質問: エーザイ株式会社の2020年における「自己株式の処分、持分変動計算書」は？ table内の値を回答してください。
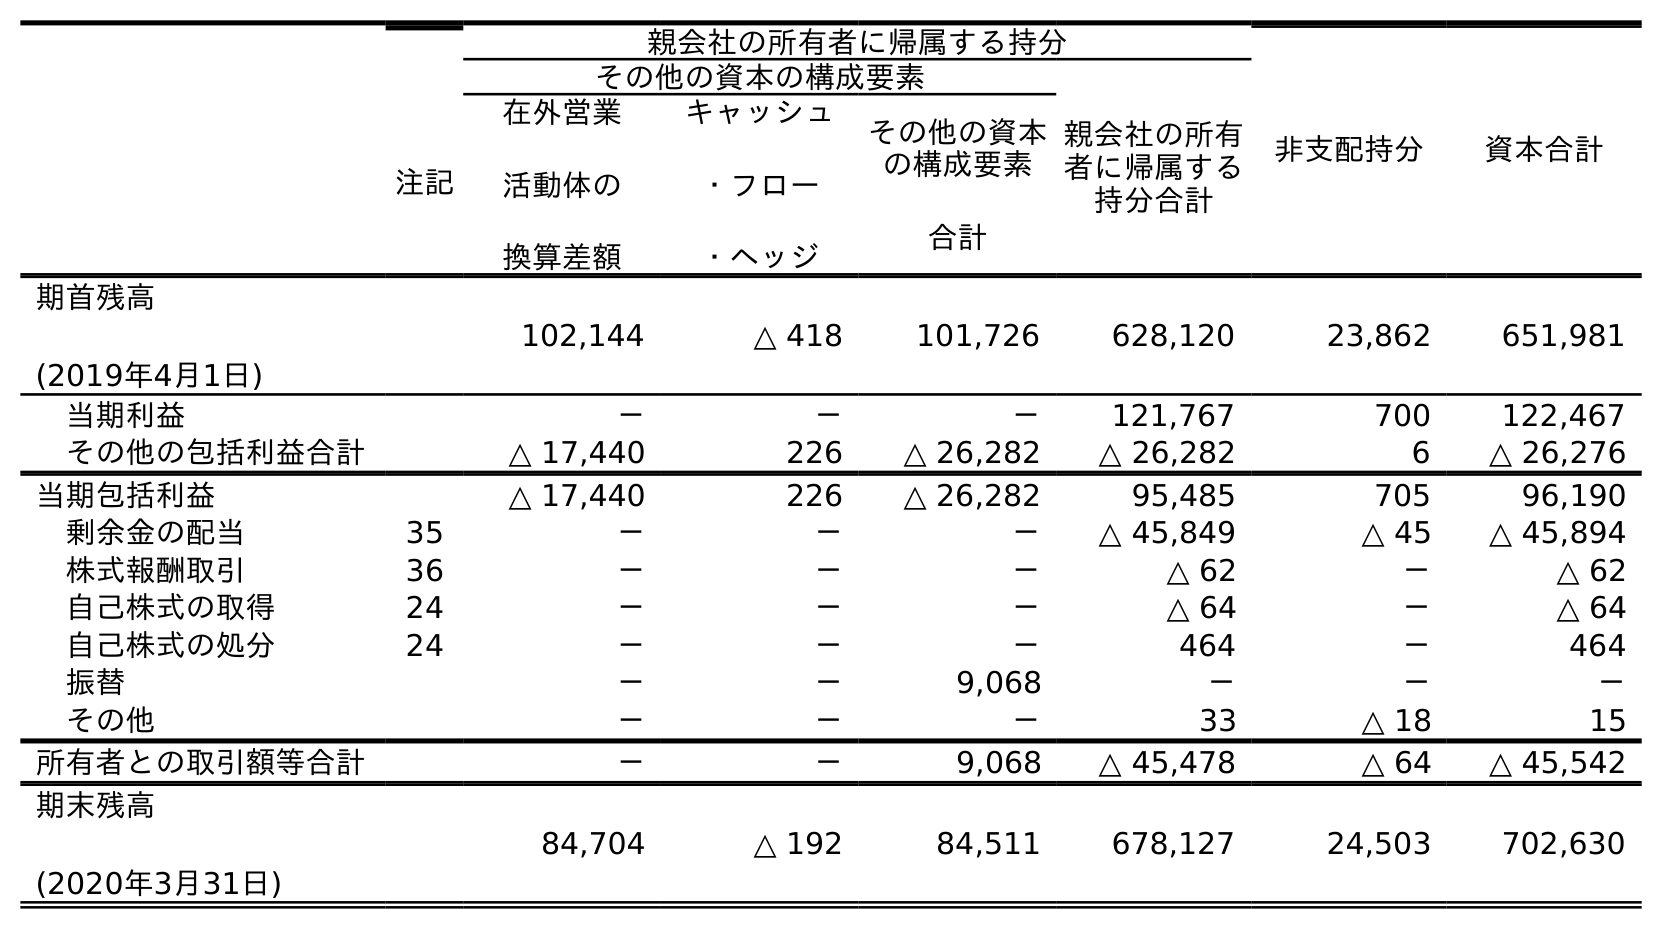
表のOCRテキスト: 注記 親会社の所有者に帰属する持分 非支配持分 資本合計 その他の資本の構成要素 親会社の所有 者に帰属する 持分合計 在外営業 活動体の 換算差額 キャッシュ ・フロー ・ヘッジ その他の資本 の構成要素 合計 期首残高 (2019年4月1日) 102,144 △ 418 101,726 628,120 23,862 651,981 当期利益 － － － 121,767 700 122,467 その他の包括利益合計 △ 17,440 226 △ 26,282 △ 26,282 6 △ 26,276 当期包括利益 △ 17,440 226 △ 26,282 95,485 705 96,190 剰余金の配当 35 － － － △ 45,849 △ 45 △ 45,894 株式報酬取引 36 － － － △ 62 － △ 62 自己株式の取得 24 － － － △ 64 － △ 64 自己株式の処分 24 － － － 464 － 464 振替 － － 9,068 － － － その他 － － － 33 △ 18 15 所有者との取引額等合計 － － 9,068 △ 45,478 △ 64 △ 45,542 期末残高 (2020年3月31日) 84,704 △ 192 84,511 678,127 24,503 702,630
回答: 464